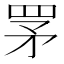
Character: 罞